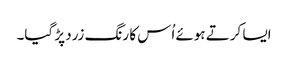
ایسا کرتے ہوئے اُس کا رنگ زرد پڑ گیا۔